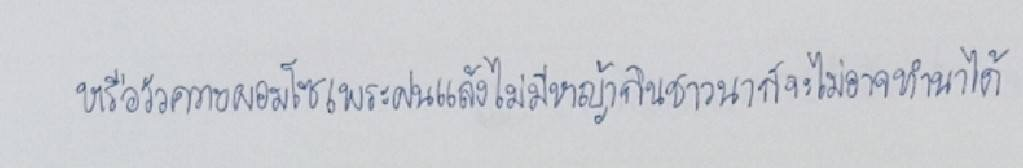
หรือวัวควายผอมโซเพราะฝนแล้งไม่มีหญ้ากินชาวนาก็จะไม่อาจทำนาได้